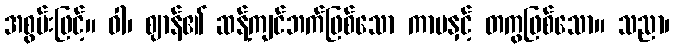
အစွမ်းဖြင့်။ ဝါ၊ ဈာန်၏ ဆန့်ကျင်ဘက်ဖြစ်သော ကာမနှင့် တကွဖြစ်သော။ သညာ၊